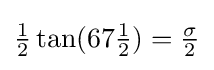
{\tfrac {1}{2}}\tan(67{\tfrac {1}{2}})={\tfrac {\sigma }{2}}